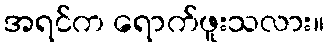
အရင်က ရောက်ဖူးသလား။